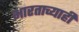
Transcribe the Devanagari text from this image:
भारताच्याही